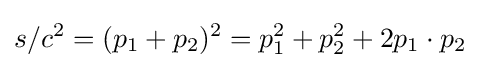
s/c^{2}=(p_{1}+p_{2})^{2}=p_{1}^{2}+p_{2}^{2}+2p_{1}\cdot p_{2}